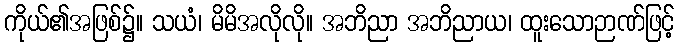
ကိုယ်၏အဖြစ်၌။ သယံ၊ မိမိအလိုလို။ အဘိညာ အဘိညာယ၊ ထူးသောဉာဏ်ဖြင့်